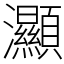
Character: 灦